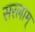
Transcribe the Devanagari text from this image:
सरलाम्